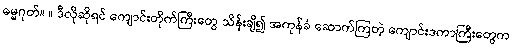
ဓမ္မဂုတ်။ ။ ဒီလိုဆိုရင် ကျောင်းတိုက်ကြီးတွေ သိန်းချီ၍ အကုန်ခံ ဆောက်ကြတဲ့ ကျောင်းဒကာကြီးတွေက